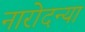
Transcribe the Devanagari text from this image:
नारोदन्या